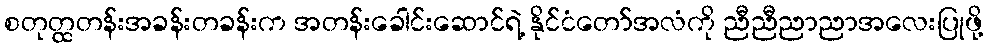
စတုတ္ထတန်းအခန်းတခန်းက အတန်းခေါင်းဆောင်ရဲ့ နိုင်ငံတော်အလံကို ညီညီညာညာအလေးပြုဖို့